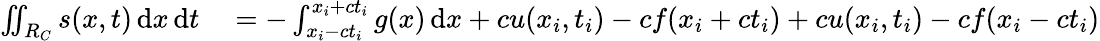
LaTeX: \begin{array}{rl}{\iint_{R_{C}}s(x,t)\, \mathrm{d}x\, \mathrm{d}t}&{{}=-\int_{x_{i}-ct_{i}}^{x_{i}+ct_{i}}g(x)\, \mathrm{d}x+cu(x_{i},t_{i})-cf(x_{i}+ct_{i})+cu(x_{i},t_{i})-cf(x_{i}-ct_{i})}\end{array}